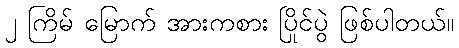
၂ ကြိမ် မြောက် အားကစား ပြိုင်ပွဲ ဖြစ်ပါတယ်။